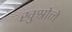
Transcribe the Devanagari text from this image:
खुश्रोने